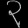
Digit: ၃